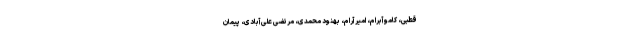
قطبی، کامو آبرام، امیر آرام، بهنود محمدی، مرتضی علی آبادی، پیمان